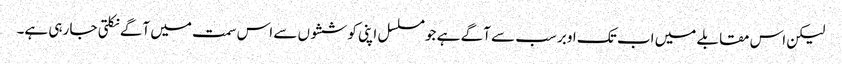
لیکن اس مقابلے میں اب تک اوبر سب سے آگے ہے جو مسلسل اپنی کوششوں سے اس سمت میں آگے نکلتی جا رہی ہے۔